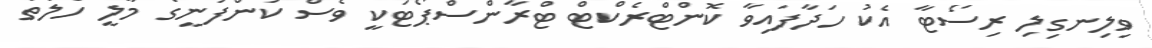
ވިލިނގިލި ރިސޯޓާ އެކު ހަދާފައިވާ ކޮންޓްރެކްޓް ޓްރާންސްޕޯޓަކީ ވެސް ކުންފުނީގެ މާލީ ހާލަތު